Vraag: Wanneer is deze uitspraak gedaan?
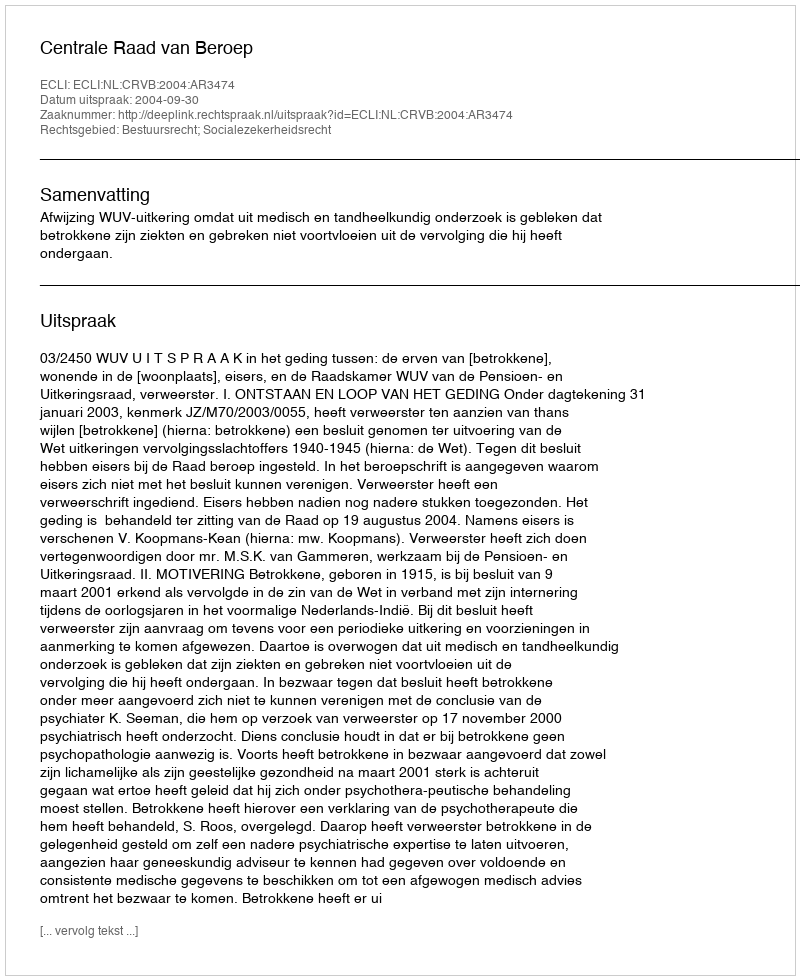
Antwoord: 2004-09-30